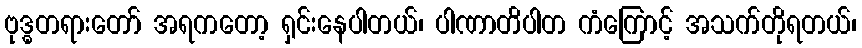
ဗုဒ္ဓတရားတော် အရကတော့ ရှင်းနေပါတယ်၊ ပါဏာတိပါတ ကံကြောင့် အသက်တိုရတယ်၊